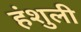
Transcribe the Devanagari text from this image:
हंशुली